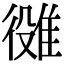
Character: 𨿒